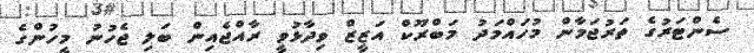
ސެންޓަރުގެ ތަރުޖަމާން މުހައްމަދު މަބްރޫކް އަޒީޒް ވިދާޅުވީ ރާއްޖެއިން ބަލި ޖެހުނު މީހުންގެ